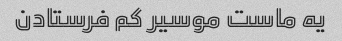
یه ماست موسیر کم فرستادن